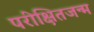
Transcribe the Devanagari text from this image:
परीक्षितजन्म